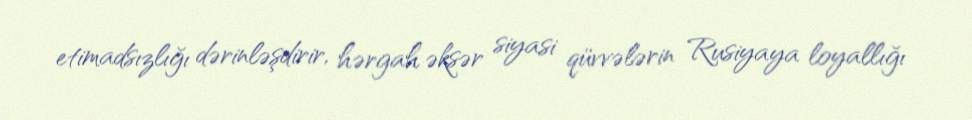
etimadsızlığı dərinləşdirir, hərgah əksər siyasi qüvvələrin Rusiyaya loyallığı